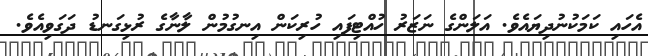
އެހައި ކަމަކުނުދިޔައެވެ. އަލަންގެ ނަޒަރު ހުއްޓިފައި ހުރިކަން އިނގުމުން ލާނާގެ ރުޅިގަނޑު ދަގަވިއެވެ.